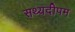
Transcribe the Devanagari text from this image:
सथ्यदीपम